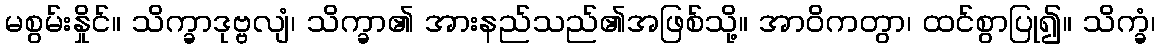
မစွမ်းနှိုင်။ သိက္ခာဒုဗ္ဗလျံ၊ သိက္ခာ၏ အားနည်သည်၏အဖြစ်သို့။ အာဝိကတွာ၊ ထင်စွာပြု၍။ သိက္ခံ၊